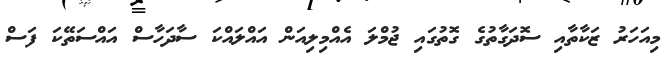
މިއަހަރު ޒަކާތާއި ސޮދަގާތުގެ ގޮތުގައި ޖުމްލަ އެއްމިލިއަން އައްލައްކަ ސާދަހާސް އައްސަތޭކަ ފަސް